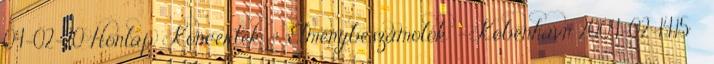
04-02-20 Honlap: 'Koncertek' - 'Élménybeszámolók' - 'København 2004-02-14,15' »